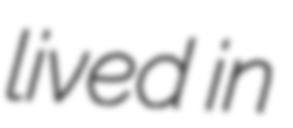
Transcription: lived in